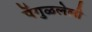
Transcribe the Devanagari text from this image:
पेंगुळलेली